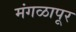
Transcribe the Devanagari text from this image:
मंगळापूर